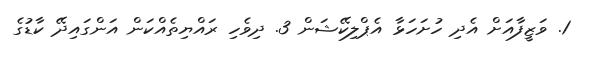
1. ވަޒީފާއަށް އެދި ހުށަހަޅާ އެޕްލިކޭޝަން 3. ދިވެހި ރައްޔިތެއްކަން އަންގައިދޭ ކާޑުގެ